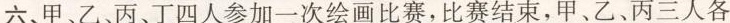
六、甲、乙、丙、丁四人参加一次绘画比赛，比赛结束，甲、乙、丙三人各